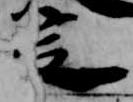
定